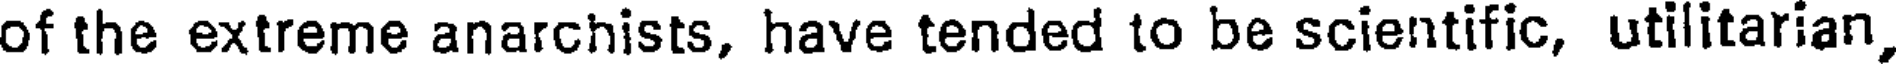
of the extreme anarchists, have tended to be scientific, utilitarian,